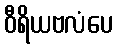
ဝီရိယဗလံပေ